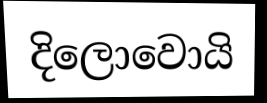
දිලොවොයි